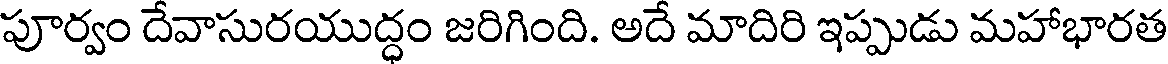
పూర్వం దేవాసురయుద్ధం జరిగింది. అదే మాదిరి ఇప్పుడు మహాభారత